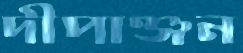
দীপাঞ্জন